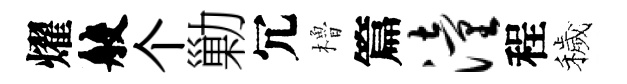
燿般个勦冗櫓篇潼程穢